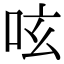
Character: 呟